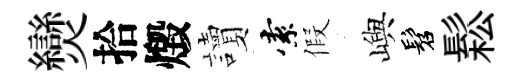
𤓖拾燬讀索假嶼髫鬆